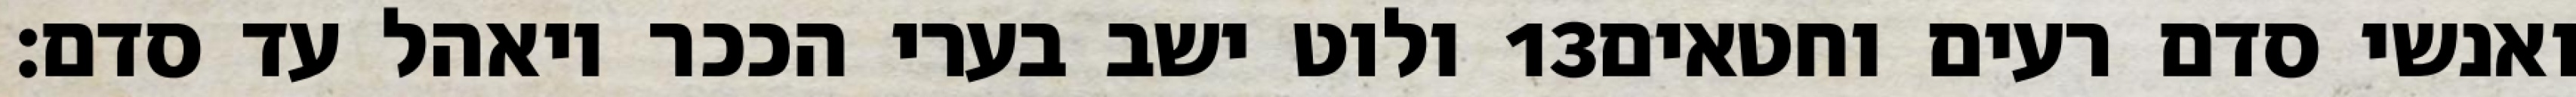
ולוט ישב בערי הככר ויאהל עד סדם׃ ‎13‏ ואנשי סדם רעים וחטאים